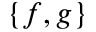
\left\{ f , g \right\}